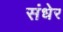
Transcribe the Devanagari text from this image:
संधेर